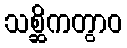
သစ္ဆိကတွာဝ